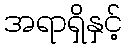
အရာရှိနှင့်